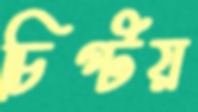
চিপ্‌টয়